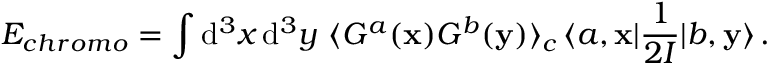
E _ { c h r o m o } = \int \mathrm { d } ^ { 3 } x \, \mathrm { d } ^ { 3 } y \, \, \langle { \cal G } ^ { a } ( { \bf x } ) { \cal G } ^ { b } ( { \bf y } ) \rangle _ { c } \, \langle a , { \bf x } | \frac { 1 } { 2 { \cal I } } | b , { \bf y } \rangle \, .